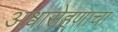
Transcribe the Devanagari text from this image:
अश्वारोहणाचा